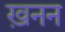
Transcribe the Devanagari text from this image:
ख़नन